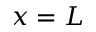
x = L